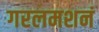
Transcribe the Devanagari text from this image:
गरलमशनं